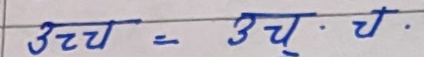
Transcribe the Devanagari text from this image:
उच्च = उच्. च.